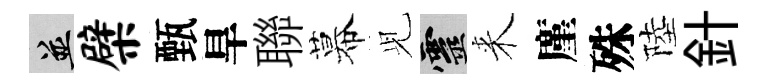
并檗甄旱聯幕𫤗靈来廑殊陸針